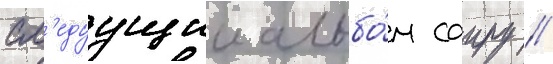
сл'едуущии альбо́м саиру //